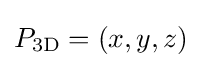
P_{\mathrm {3D} }=(x,y,z)